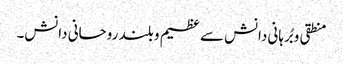
منطقی و بُرہانی دانش سے عظیم و بلند روحانی دانش۔